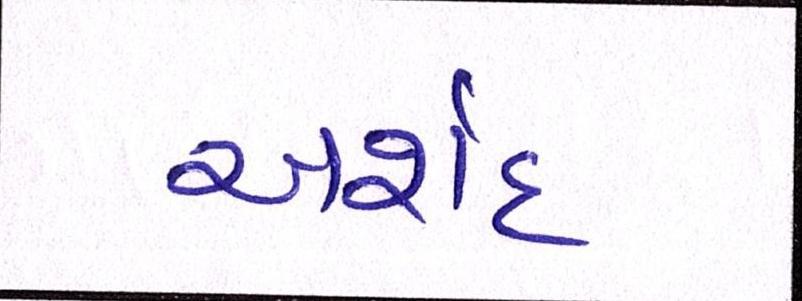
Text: અર્શદ